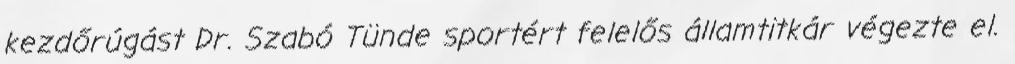
kezdőrúgást Dr. Szabó Tünde sportért felelős államtitkár végezte el.